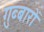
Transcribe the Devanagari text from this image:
ग़ुब्बारों